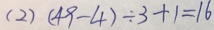
( 2 ) ( 4 9 - 4 ) \div 3 + 1 = 1 6